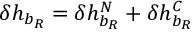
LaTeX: \delta h _ { b _ { R } } = \delta h _ { b _ { R } } ^ { N } + \delta h _ { b _ { R } } ^ { C }